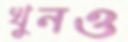
খুনও